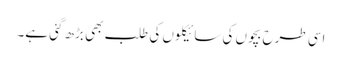
اسی طرح بچوں کی سائیکلوں کی طلب بھی بڑھ گئی ہے۔